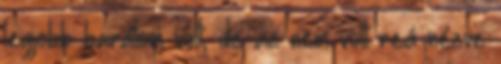
legjobb barátom volt; de az nem volt reá nézve